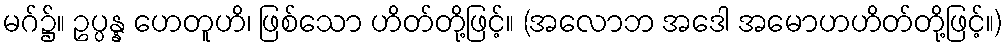
မဂ်၌။ ဥပ္ပန္န ဟေတူဟိ၊ ဖြစ်သော ဟိတ်တို့ဖြင့်။ (အလောဘ အဒေါ အမောဟဟိတ်တို့ဖြင့်။)